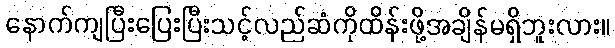
နောက်ကျပြီးပြေးပြီးသင့်လည်ဆံကိုထိန်းဖို့အချိန်မရှိဘူးလား။